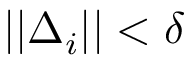
| | \Delta _ { i } | | < \delta